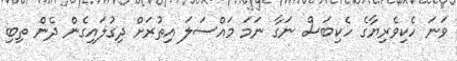
ވަނަ ހެކިވެރިޔާގެ ހެކިބަސް ނަގާ ނަމަ މައްސަލަ އިތުރަށް ދިގުލައިގެން ދެން ތިބި